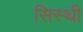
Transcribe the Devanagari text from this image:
सिस्थी